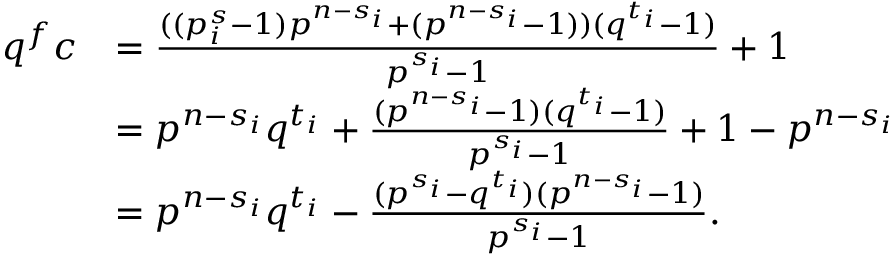
\begin{array} { r l } { q ^ { f } c } & { = \frac { ( ( p _ { i } ^ { s } - 1 ) p ^ { n - s _ { i } } + ( p ^ { n - s _ { i } } - 1 ) ) ( q ^ { t _ { i } } - 1 ) } { p ^ { s _ { i } } - 1 } + 1 } \\ & { = p ^ { n - s _ { i } } q ^ { t _ { i } } + \frac { ( p ^ { n - s _ { i } } - 1 ) ( q ^ { t _ { i } } - 1 ) } { p ^ { s _ { i } } - 1 } + 1 - p ^ { n - s _ { i } } } \\ & { = p ^ { n - s _ { i } } q ^ { t _ { i } } - \frac { ( p ^ { s _ { i } } - q ^ { t _ { i } } ) ( p ^ { n - s _ { i } } - 1 ) } { p ^ { s _ { i } } - 1 } . } \end{array}